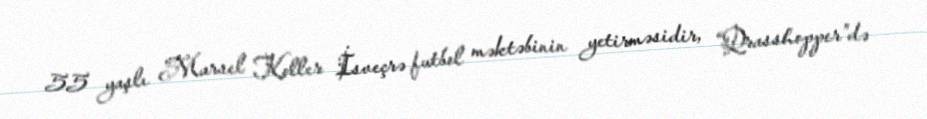
55 yaşlı Marsel Koller İsveçrə futbol məktəbinin yetirməsidir, “Qrasshopper”də